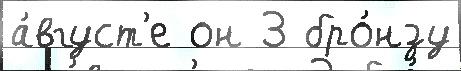
а́вгуст'е он 3 бро́нзу